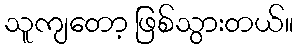
သူကျတော့ ဖြစ်သွားတယ်။